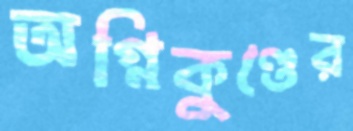
অগ্নিকুণ্ডের